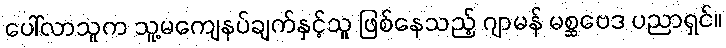
ပေါ်လာသူက သူ့မကျေနပ်ချက်နှင့်သူ ဖြစ်နေသည့် ဂျာမန် မစ္ဆဗေဒ ပညာရှင်။